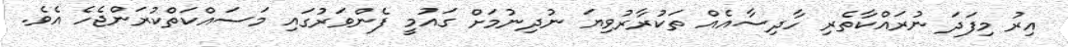
އިރު މިފަދަ ނުރައްކާތެރި ހާދިސާއެއް ތަކުރާރުވިޔަ ނުދިނުމަށް ގައުމީ ފެންވަރުގައި މަސައްކަތްކުރަންޖެހެ އެވެ.